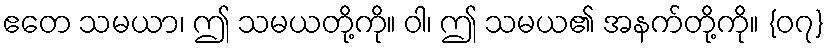
ဧတေ သမယာ၊ ဤ သမယတို့ကို။ ဝါ၊ ဤ သမယ၏ အနက်တို့ကို။ {၀၇}